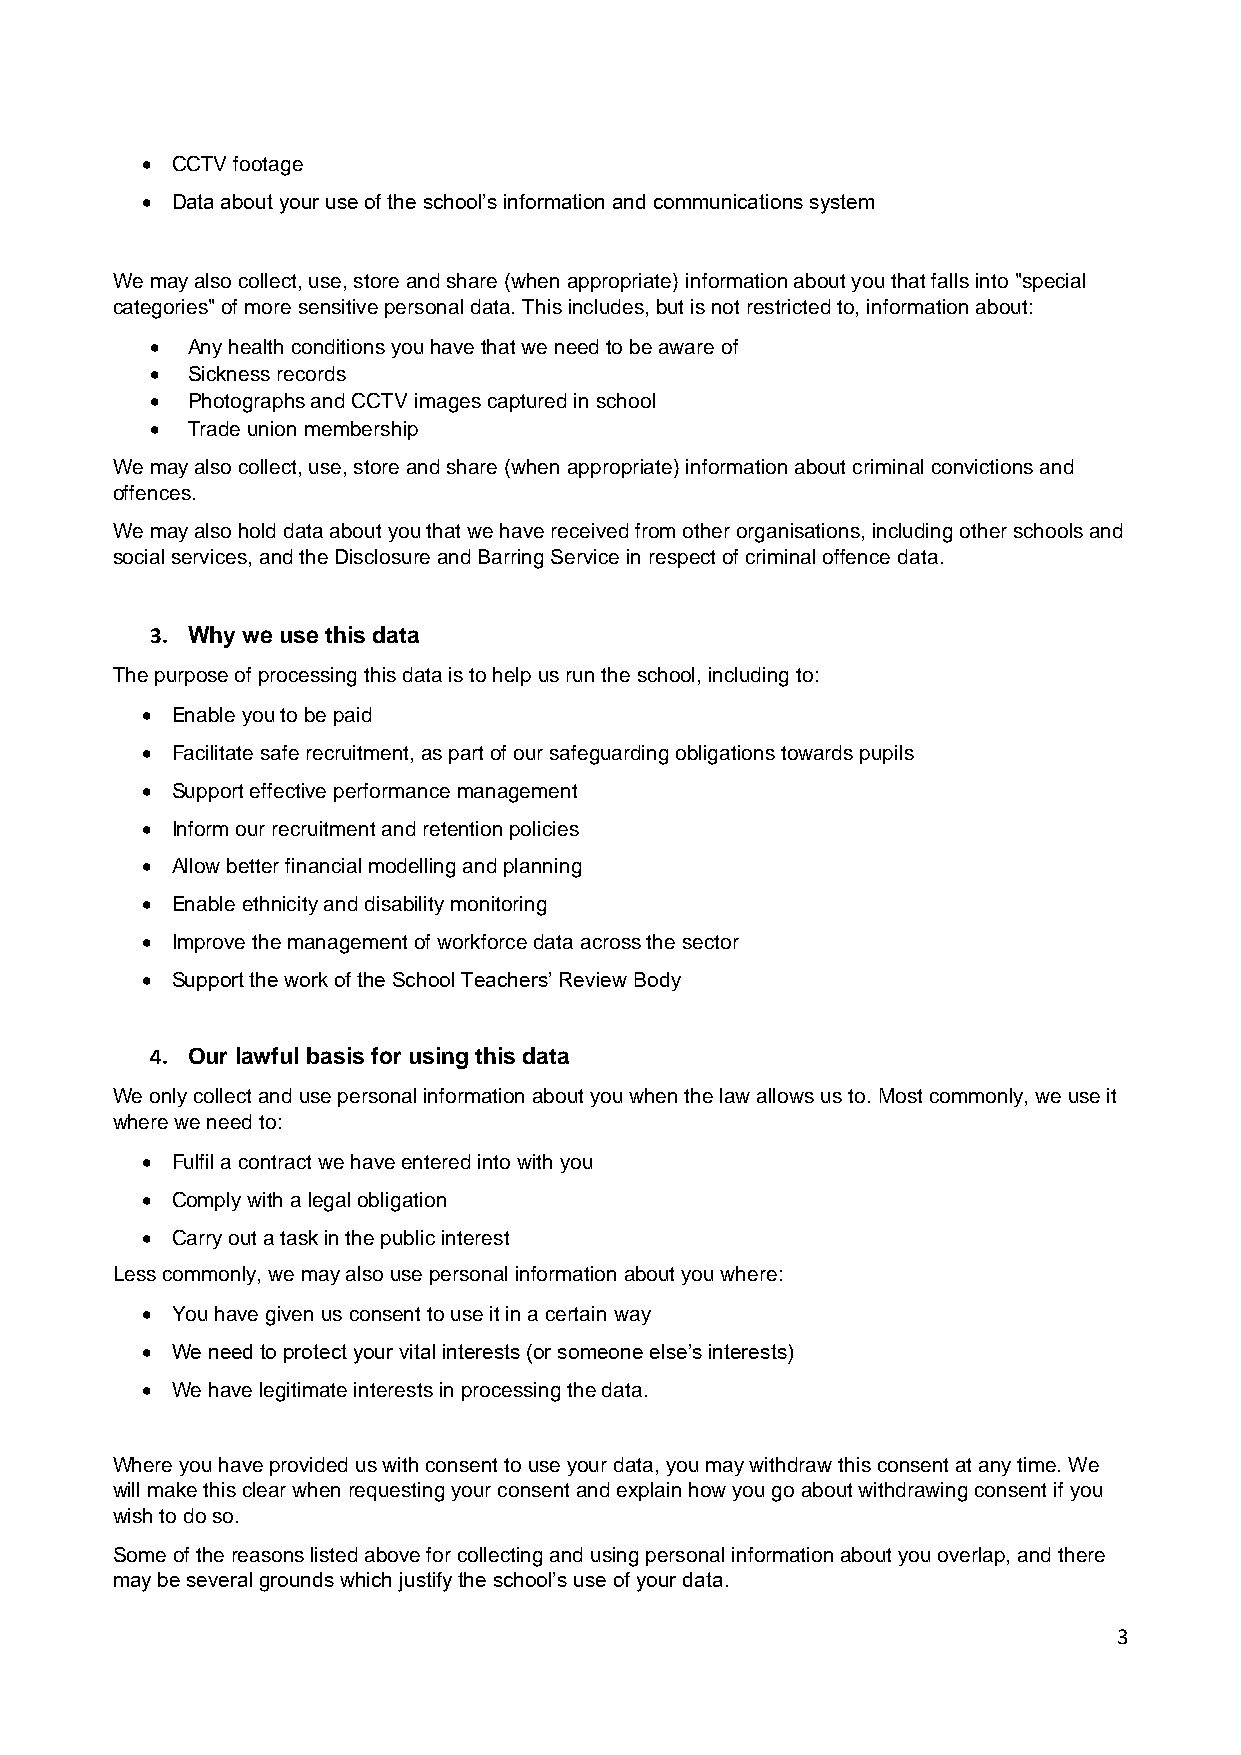
• CCTV footage
 • Data about your use of the school’s information and communications system
 We may also collect, use, store and share (when appropriate) information about you that falls into "special
 categories" of more sensitive personal data. This includes, but is not restricted to, information about:
 • Any health conditions you have that we need to be aware of
 • Sickness records
 • Photographs and CCTV images captured in school
 • Trade union membership
 We may also collect, use, store and share (when appropriate) information about criminal convictions and
 offences.
 We may also hold data about you that we have received from other organisations, including other schools and
 social services, and the Disclosure and Barring Service in respect of criminal offence data.
 3. Why we use this data
 The purpose of processing this data is to help us run the school, including to:
 • Enable you to be paid
 • Facilitate safe recruitment, as part of our safeguarding obligations towards pupils
 • Support effective performance management
 • Inform our recruitment and retention policies
 • Allow better financial modelling and planning
 • Enable ethnicity and disability monitoring
 • Improve the management of workforce data across the sector
 • Support the work of the School Teachers’ Review Body
 4. Our lawful basis for using this data
 We only collect and use personal information about you when the law allows us to. Most commonly, we use it
 where we need to:
 • Fulfil a contract we have entered into with you
 • Comply with a legal obligation
 • Carry out a task in the public interest
 Less commonly, we may also use personal information about you where:
 • You have given us consent to use it in a certain way
 • We need to protect your vital interests (or someone else’s interests)
 • We have legitimate interests in processing the data.
 Where you have provided us with consent to use your data, you may withdraw this consent at any time. We
 will make this clear when requesting your consent and explain how you go about withdrawing consent if you
 wish to do so.
 Some of the reasons listed above for collecting and using personal information about you overlap, and there
 may be several grounds which justify the school’s use of your data.
 3